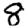
Digit: 8